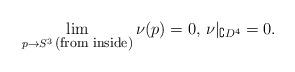
LaTeX: \begin{align*} \mathop{\lim}\limits_{p\to S^3\, \hbox{\rm{\footnotesize(from inside)}}}\nu(p)=0,\, \nu|_{\complement D^4}=0. \end{align*}